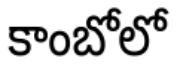
కాంబోలో